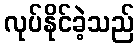
လုပ်နိုင်ခဲ့သည်